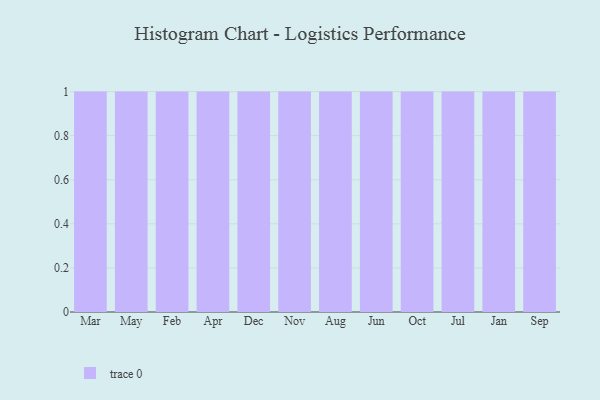
{"axis": {"x": "Month", "y": "Humidity (%)"}, "legend": [""], "data": [{"x": "Mar", "y": 68, "type": ""}, {"x": "May", "y": 30, "type": ""}, {"x": "Feb", "y": 82, "type": ""}, {"x": "Apr", "y": 69, "type": ""}, {"x": "Dec", "y": 40, "type": ""}, {"x": "Nov", "y": 35, "type": ""}, {"x": "Aug", "y": 92, "type": ""}, {"x": "Jun", "y": 90, "type": ""}, {"x": "Oct", "y": 3, "type": ""}, {"x": "Jul", "y": 7, "type": ""}, {"x": "Jan", "y": 65, "type": ""}, {"x": "Sep", "y": 8, "type": ""}]}